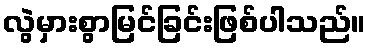
လွဲမှားစွာမြင်ခြင်းဖြစ်ပါသည်။